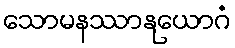
သောမနဿာနုယောဂံ